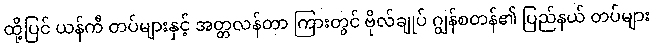
ထို့ပြင် ယန်ကီ တပ်များနှင့် အတ္တလန်တာ ကြားတွင် ဗိုလ်ချုပ် ဂျွန်စတန်၏ ပြည်နယ် တပ်များ